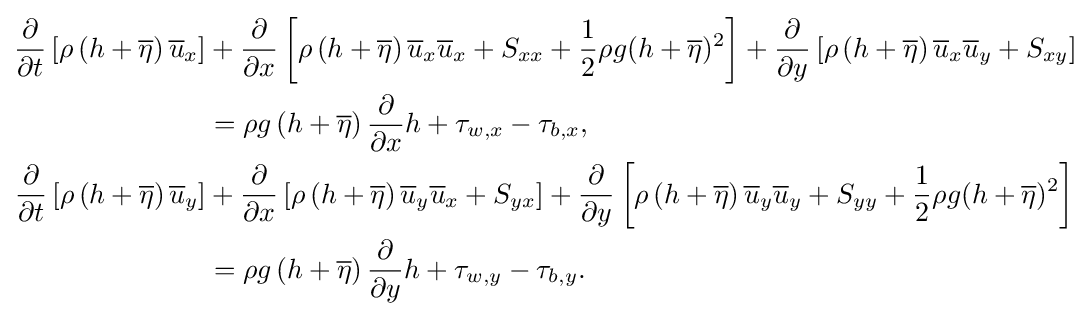
{\begin{aligned}{\frac {\partial }{\partial t}}\left[\rho \left(h+{\overline {\eta }}\right){\overline {u}}_{x}\right]&+{\frac {\partial }{\partial x}}\left[\rho \left(h+{\overline {\eta }}\right){\overline {u}}_{x}{\overline {u}}_{x}+S_{xx}+{\frac {1}{2}}\rho g(h+{\overline {\eta }})^{2}\right]+{\frac {\partial }{\partial y}}\left[\rho \left(h+{\overline {\eta }}\right){\overline {u}}_{x}{\overline {u}}_{y}+S_{xy}\right]\\&=\rho g\left(h+{\overline {\eta }}\right){\frac {\partial }{\partial x}}h+\tau _{w,x}-\tau _{b,x},\\{\frac {\partial }{\partial t}}\left[\rho \left(h+{\overline {\eta }}\right){\overline {u}}_{y}\right]&+{\frac {\partial }{\partial x}}\left[\rho \left(h+{\overline {\eta }}\right){\overline {u}}_{y}{\overline {u}}_{x}+S_{yx}\right]+{\frac {\partial }{\partial y}}\left[\rho \left(h+{\overline {\eta }}\right){\overline {u}}_{y}{\overline {u}}_{y}+S_{yy}+{\frac {1}{2}}\rho g(h+{\overline {\eta }})^{2}\right]\\&=\rho g\left(h+{\overline {\eta }}\right){\frac {\partial }{\partial y}}h+\tau _{w,y}-\tau _{b,y}.\end{aligned}}